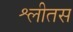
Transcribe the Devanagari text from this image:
श्लीतस